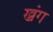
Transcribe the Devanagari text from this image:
ख्रंग